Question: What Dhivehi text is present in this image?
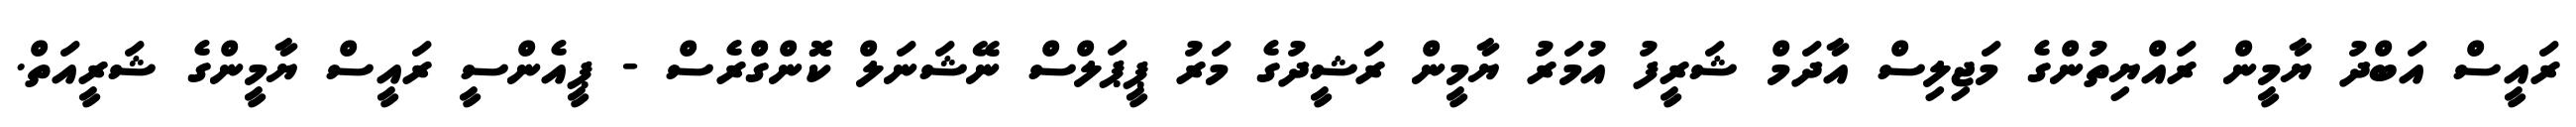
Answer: ރައީސް އަބްދު ޔާމީން ރައްޔިތުންގެ މަޖިލިސް އާދަމް ޝަރީފު އުމަރު ޔާމީން ރަޝީދުގެ މަރު ޕީޕަލްސް ނޭޝަނަލް ކޮންގްރެސް - ޕީއެންސީ ރައީސް ޔާމީންގެ ޝަރީއަތް.